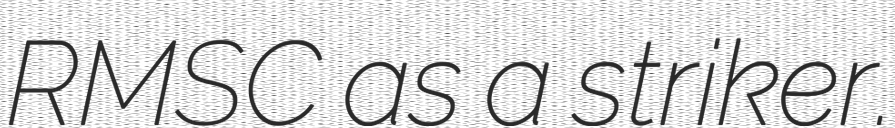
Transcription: RMSC as a striker.